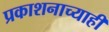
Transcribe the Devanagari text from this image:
प्रकाशनाच्याही